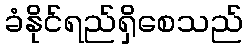
ခံနိုင်ရည်ရှိစေသည်